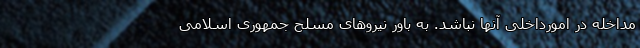
مداخله در امورداخلی آنها نباشد. به باور نیروهای مسلح جمهوری اسلامی